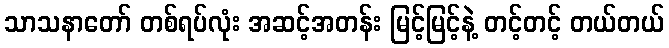
သာသနာတော် တစ်ရပ်လုံး အဆင့်အတန်း မြင့်မြင့်နဲ့ တင့်တင့် တယ်တယ်